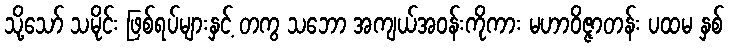
သို့သော် သမိုင်း ဖြစ်ရပ်များနှင့် တကွ သဘော အကျယ်အဝန်းကိုကား မဟာဝိဇ္ဇာတန်း ပထမ နှစ်